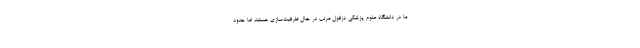
ما در دانشگاه علوم پزشکی دزفول مرتب در حال ظرفیت‌سازی هستند اما حدود